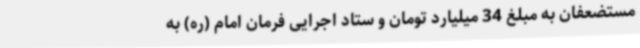
مستضعفان به مبلغ 34 میلیارد تومان و ستاد اجرایی فرمان امام (ره) به